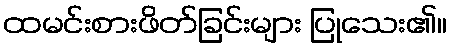
ထမင်းစားဖိတ်ခြင်းများ ပြုသေး၏။